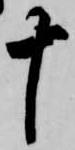
十